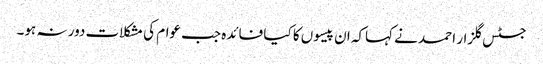
جسٹس گلزار احمد نے کہاکہ ان پیسوں کا کیا فائدہ جب عوام کی مشکلات دور نہ ہو۔